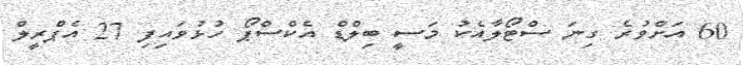
60 އަށްވުރެ ގިނަ ސްޓޯލާއެކު މަސީ ބިލްޑް އެކްސްޕޯ ހުޅުވައިފި 27 އެޕްރީލް